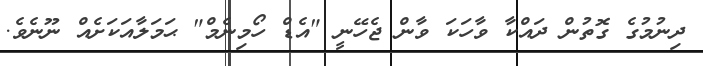
ދިނުމުގެ ގޮތުން ދައްކާ ވާހަކަ ވާން ޖެހޭނީ "އެޑް ހޯމިނެމް" ޙަމަލާއަކަށެއް ނޫނެވެ.